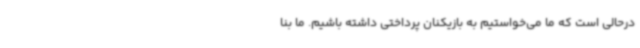
درحالی است که ما می‌خواستیم به بازیکنان پرداختی داشته باشیم. ما بنا